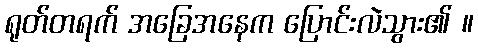
ရုတ်တရက် အခြေအနေက ပြောင်းလဲသွား၏ ။